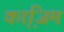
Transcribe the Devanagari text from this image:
का़जि़म